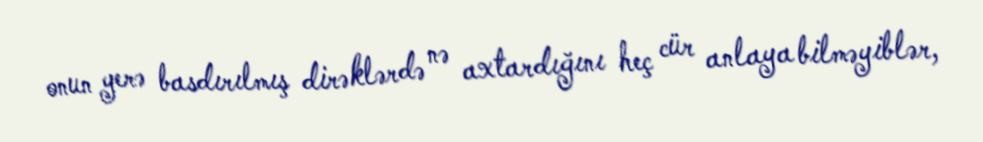
onun yerə basdırılmış dirəklərdə nə axtardığını heç cür anlaya bilməyiblər,